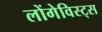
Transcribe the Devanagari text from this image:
लोंगेविस्ट्स